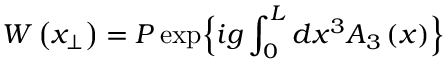
W \left( x _ { \perp } \right) = P \exp \Bigl \{ i g \int _ { 0 } ^ { L } d x ^ { 3 } A _ { 3 } \left( x \right) \Bigr \}